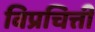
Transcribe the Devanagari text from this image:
विप्रचित्ती